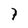
Character: 7